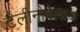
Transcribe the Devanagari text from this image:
टेलीनोवेलाज